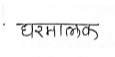
मजकूर: घरमालक